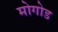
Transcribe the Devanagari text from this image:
मोगोड